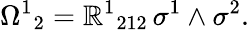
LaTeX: {\Omega^{1}}_{2}={\mathbb{R}^{1}}_{212}\, \sigma^{1}\wedge\sigma^{2}.